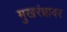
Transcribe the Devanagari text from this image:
मुखरंध्रावर